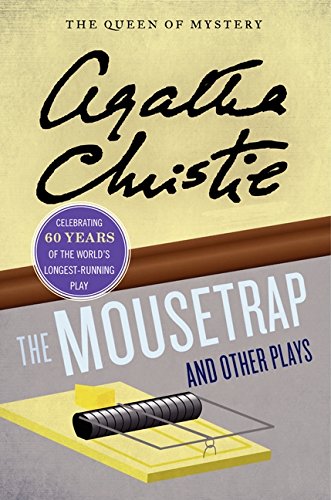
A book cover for The Mousetrap and Other Plays (Agatha Christie Mysteries Collection); Agatha Christie; Literature & Fiction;